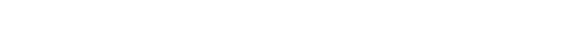
ဖိုလ်စိတ် ပေါ်လာပြီ ဆိုရင်တော့ ကြိုးစားလို့ရလာတဲ့ အကျိုးအမြတ် သာ ဖြစ်တယ်၊ အဲဒီ စိတ်တွေက